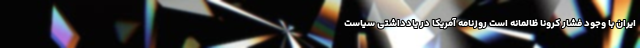
ایران با وجود فشار کرونا ظالمانه است روزنامه آمریکا در یادداشتی سیاست